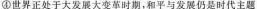
④世界正处于大发展大变革时期，和平与发展仍是时代主题